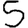
Digit: 5